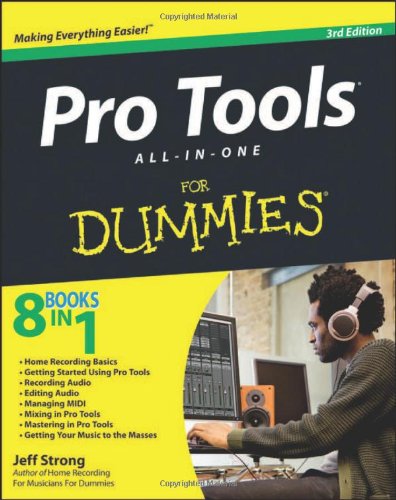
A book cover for Pro Tools All-in-One For Dummies; Jeff Strong; Arts & Photography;